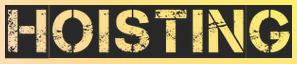
HOISTING